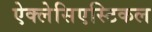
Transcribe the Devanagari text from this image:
ऐक्लेसिएस्टिकल